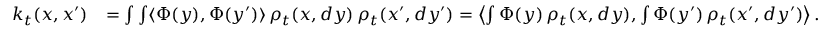
\begin{array} { r l } { k _ { t } ( x , x ^ { \prime } ) } & { = \int \int \langle \Phi ( y ) , \Phi ( y ^ { \prime } ) \rangle \, \rho _ { t } ( x , d y ) \, \rho _ { t } ( x ^ { \prime } , d y ^ { \prime } ) = \left\langle \int \Phi ( y ) \, \rho _ { t } ( x , d y ) , \int \Phi ( y ^ { \prime } ) \, \rho _ { t } ( x ^ { \prime } , d y ^ { \prime } ) \right\rangle . } \end{array}